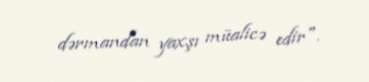
dərmandan yaxşı müalicə edir".